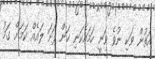
އަތުން ވަކި ނުވެ ވަނީ ހަމައެކަނި ހަން ފަށަ ލައެއް ކަމަށް ގަމު